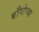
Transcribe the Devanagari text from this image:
बाँगोच्या